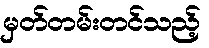
မှတ်တမ်းတင်သည့်